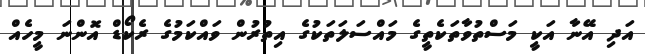
އަދި އޭނާ އަކީ މަސްތުވާތަކެތީގެ މައްސަލަތަކުގެ އިތުރުން ވައްކަމުގެ ރެކޯޑް އޮންނަ މީހެއް